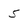
Character: 5